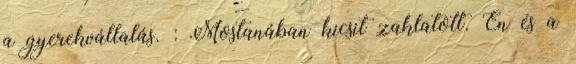
a gyerekvállalás. : Mostanában kicsit zaklatott. Én és a